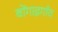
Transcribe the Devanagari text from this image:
बोंगाइगाँव